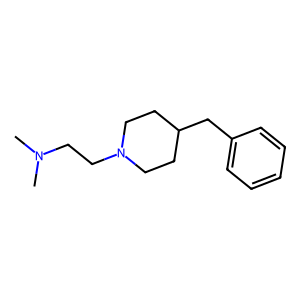
SMILES: CN(C)CCN1CCC(Cc2ccccc2)CC1
Inhibits HIV replication: No